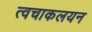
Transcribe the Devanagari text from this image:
त्वचाकलयन